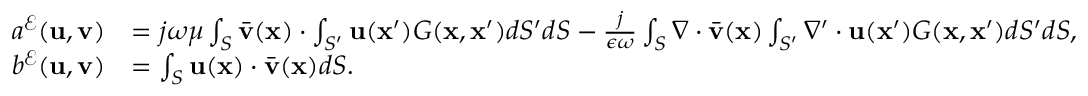
\begin{array} { r l } { a ^ { \mathcal { E } } ( \mathbf { u } , \mathbf { v } ) } & { = j \omega \mu \int _ { S } \bar { \mathbf { v } } ( \mathbf { x } ) \cdot \int _ { S ^ { \prime } } \mathbf { u } ( \mathbf { x } ^ { \prime } ) G ( \mathbf { x } , \mathbf { x } ^ { \prime } ) d S ^ { \prime } d S - \frac { j } { \epsilon \omega } \int _ { S } \nabla \cdot \bar { \mathbf { v } } ( \mathbf { x } ) \int _ { S ^ { \prime } } \nabla ^ { \prime } \cdot \mathbf { u } ( \mathbf { x } ^ { \prime } ) G ( \mathbf { x } , \mathbf { x } ^ { \prime } ) d S ^ { \prime } d S , } \\ { b ^ { \mathcal { E } } ( \mathbf { u } , \mathbf { v } ) } & { = \int _ { S } \mathbf { u } ( \mathbf { x } ) \cdot \bar { \mathbf { v } } ( \mathbf { x } ) d S . } \end{array}